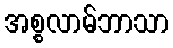
အစ္စလာမ်ဘာသာ